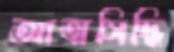
আত্মসিদ্ধি